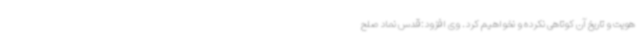
هویت و تاریخ آن کوتاهی نکرده و نخواهیم کرد. وی افزود:قدس نماد صلح